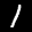
Label: 1